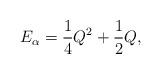
LaTeX: \begin{align*}E_\alpha=\frac14Q^2+\frac12Q ,\end{align*}